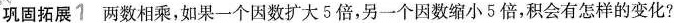
巩固拓展1 两数相乘，如果一个因数扩大5倍，另一个因数缩小5倍，积会有怎样的变化?